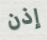
إذن